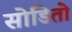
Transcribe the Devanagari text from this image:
सोडितो